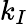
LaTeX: k_{I}